Cholera in India, 1862 to 1881
Year: 1862
Disease focus: Cholera
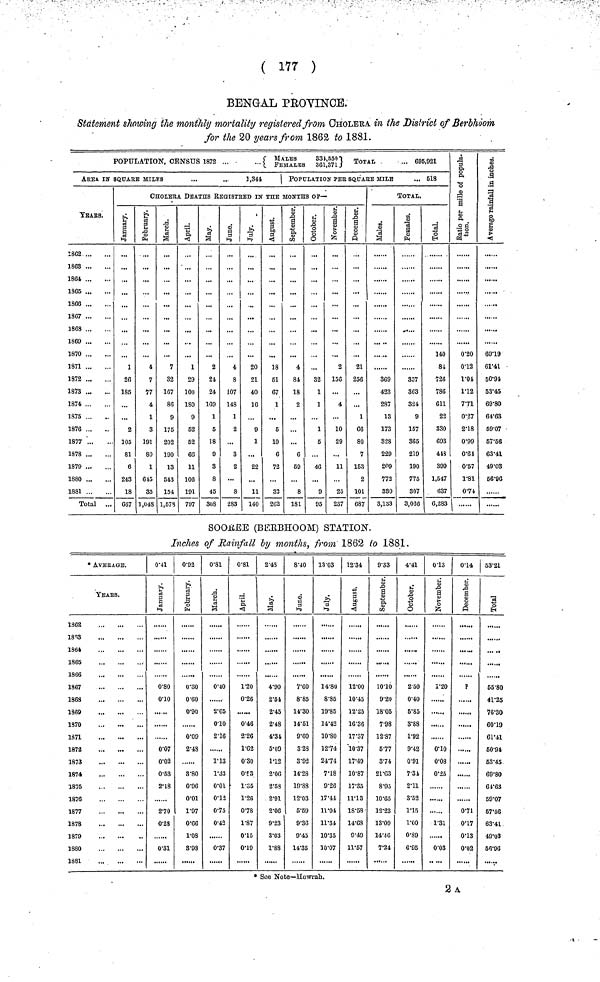
( 177 )
BENGAL PROVINCE.
Statement showing the monthly mortality registered from CHOLERA in the District of Berbhoom
for the 20 years from 1862 to 1881.
POPULATION, CENSUS 1872 ...
...MALES
861,' 550l}
Total
'" 695,921
AREA IN Square MILLeS
...
...
1,341
YEaR.
1862
1863
1864
1865
1866
1867
1863
1869
1870
1871
1872
1873
1874
1875
1876
1877
1878
1879
1880
1881
Total ...
POPULATION PEE SQUArE MILE
... 518
CHOLErA DEATHS REGISTrED IN THE MONTHS OF—
January
1
26
185
...
...
2
105
81
6
243
18
667
February
4
7
11
4
1
3
191
80
1
645
35
1,048
March
7
32
167
86
9
175
202
190
13
543
154
1,573
April
1
29
100
180
9
52
52
66
11
106
191
797
may
2
21
24
169
1
5
18
9
3
8
45
308
June
4
8
107
148
1
2
3
2
8
283
July
20
21
40
16
9
1
22
11
140
August
18
61
67
1
5
10
6
72
32
202
September
4
84
18
2
...
6
59
8
181
Octomber
...
32
1
1
1
5
...
46
9
95
November
2
156
4
10
29
...
11
25
237
December
21
256
...
1
66
80
7
153
2
101
687
TOTAL.
Males
369
423
287
13
173
828
229
209
772
330
3,133
Females
357
363
321
9
157
365
219
190
775
307
3,066
Total
140
84
726
786
611
22
330
693
413
399
1,547
637
6,283
Ratio per mile of Population
0·20
0·12
1·04
1·12
7·71
0·27
2·18
0·99
0·64
0·57
1·81
0·74
Average Rainfall in inchase
6019
61·41
50·91
53·45
69·80
64·63
59·07
67·56
63·41
49·03
56·96
SOOREE (BERBHOOM) STATION.
Inches of Rainfall by months, from 1862 to 1881.
* AVERAGE.
YEArs.
1862
1883
1864
1865
1866
1867
1868
1869
1870
1871
1872
1873
1874
1875
1876
1877
1878
1879
1880
1881
0·41
January
0·80
0·10
0·07
0·02
0·53
2·18
270
0·23
0·31
0·92
February
0·30
0·60
0·90
0·09
2·48
8·80
0·96
0·01
1·97
0·66
1·08
8·9S
0·81
March
0·40
2·65
0·10
2·16
1·13
1·33
0·01
0·12
0·75
0·42
0·37
0·81
April
1·20
0·26
0·46
2·26
1·62
0·30
03
1·35
1·26
0·78
1·87
0·15
0·19
2·48
May
4·90
2·61
2·45
2·48
4·31
5·00
1·12
2·06
2·53
2·91
2·06
9·23
3·03
1·88
8·40
June
7·60
8·85
14·30
14·51
9·60
3·28
3·92
14·28
19·88
12·03
5·69
9·36
9·45
14·35
13·03
July
14·80
8·85
19·85
14·42
10·80
12·74
24·74
7·18
9·26
17·44
11·04
11·34
10·35
10·07
12·34
August
12·00
10·45
12·25
16·36
17·37
10·37
17·49
10·87
17·35
11·13
18·58
14·68
9·49
11·57
9·33
September
10·10
9·20
18·05
7·98
12·87
5·77
3·74
21·63
8·95
10·65
12·23
13·09
14·46
7·24
4·41
Octomber
2 50
0·40
5·85
3·88
1·92
9·42
0·91
734
2·11
3·52
1·15
1·00
0·89
6·95
0·13
November
1·20
0·10
0·08
0·25
1·31
0·03
0·14
Decembere
?
......
0·71
0·17
0·13
0·02
63·21
Total
55·80
41·25
76·30
60·19
61·41
60·91
53·45
69·80
64·63
59·07
57·66
63·41
49·03
56·96
* See Note—llowrah.
2 ^